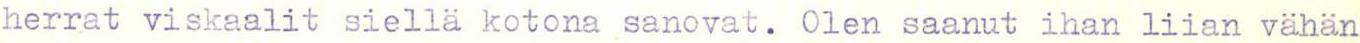
herrat viskaalit siellä kotona sanovat. Olen saanut ihan liian vähän